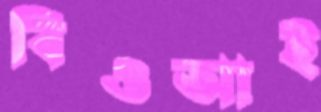
বিওআই